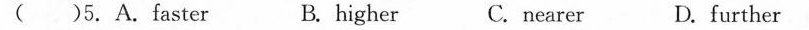
( ) 5.A.faster B.higher C.nearer D.further